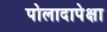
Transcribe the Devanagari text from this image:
पोलादापेक्षा